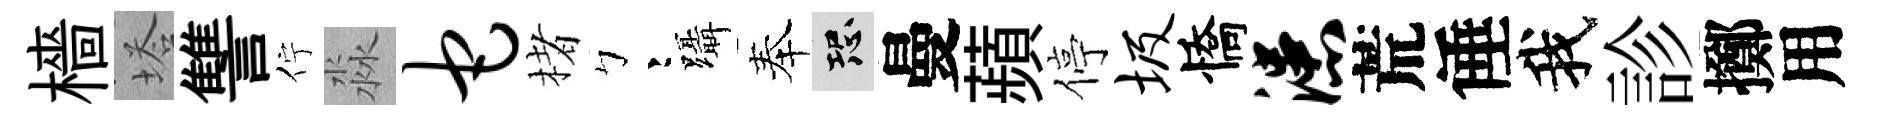
檣塔讐佇淼它楮彎躡奉恐曼蘋停圾憍漶荒倕我診擲用